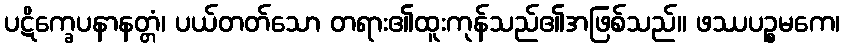
ပဋိက္ခေပနာနတ္တံ၊ ပယ်တတ်သော တရား၏ထူးကုန်သည်၏အဖြစ်သည်။ ဖဿပဉ္စမကေ၊